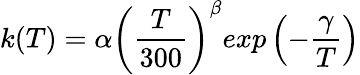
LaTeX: k(T)=\alpha\left(\frac{T}{300}\right)^{\beta}exp\left(-\frac{\gamma}{T}\right)